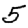
Digit: 5